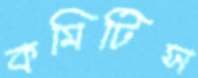
কমিটিস